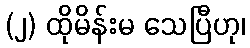
(၂) ထိုမိန်းမ သေပြီဟု၊